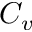
C _ { v }